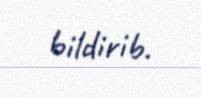
bildirib.